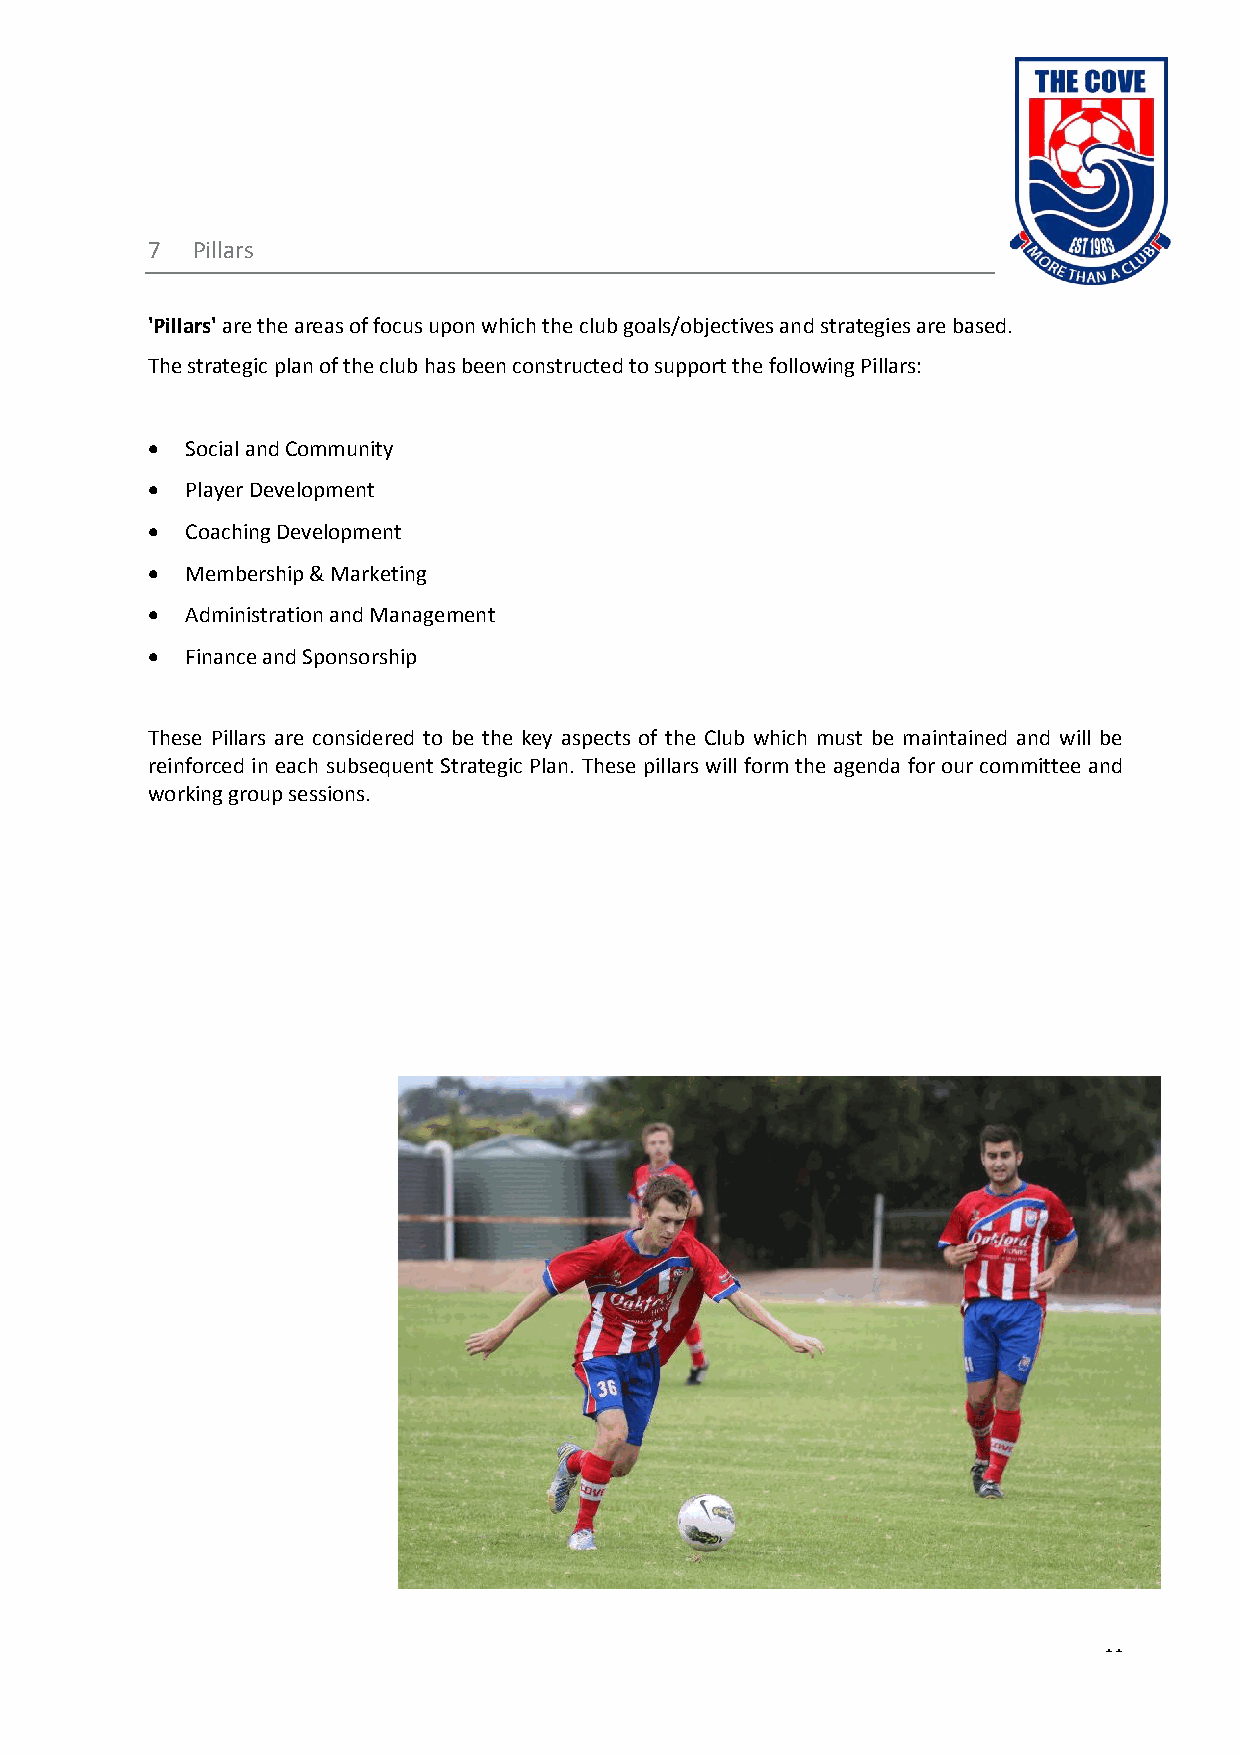
7  Pillars
 'Pillars' are the areas of focus upon which the club goals/objectives and strategies are based.
 The strategic plan of the club has been constructed to support the following Pillars:
  Social and Community
  Player Development
  Coaching Development
  Membership & Marketing
  Administration and Management
  Finance and Sponsorship
 These Pillars are considered to be the key aspects of the Club which must be maintained and will be
 reinforced in each subsequent Strategic Plan. These pillars will form the agenda for our committee and
 working group sessions.
 11